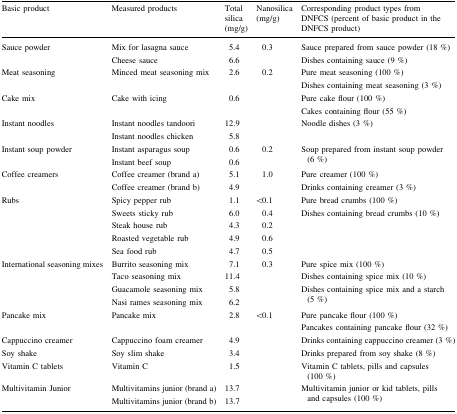
<table><thead><tr><td><b>Basic product</b></td><td><b>Measured products</b></td><td><b>Total silica (mg/g)</b></td><td><b>Nanosilica (mg/g)</b></td><td><b>Corresponding product types from DNFCS (percent of basic product in the DNFCS product)</b></td></tr></thead><tbody><tr><td rowspan="2">Sauce powder</td><td>Mix for lasagna sauce</td><td>5.4</td><td>0.3</td><td>Sauce prepared from sauce powder (18 %)</td></tr><tr><td>Cheese sauce</td><td>6.6</td><td></td><td>Dishes containing sauce (9 %)</td></tr><tr><td rowspan="2">Meat seasoning</td><td rowspan="2">Minced meat seasoning mix</td><td rowspan="2">2.6</td><td rowspan="2">0.2</td><td>Pure meat seasoning (100 %)</td></tr><tr><td>Dishes containing meat seasoning (3 %)</td></tr><tr><td rowspan="2">Cake mix</td><td rowspan="2">Cake with icing</td><td rowspan="2">0.6</td><td rowspan="2"></td><td>Pure cake flour (100 %)</td></tr><tr><td>Cakes containing flour (55 %)</td></tr><tr><td rowspan="2">Instant noodles</td><td>Instant noodles tandoori</td><td>12.9</td><td></td><td rowspan="2">Noodle dishes (3 %)</td></tr><tr><td>Instant noodles chicken</td><td>5.8</td><td></td></tr><tr><td rowspan="2">Instant soup powder</td><td>Instant asparagus soup</td><td>0.6</td><td>0.2</td><td rowspan="2">Soup prepared from instant soup powder (6 %)</td></tr><tr><td>Instant beef soup</td><td>0.6</td><td></td></tr><tr><td rowspan="2">Coffee creamers</td><td>Coffee creamer (brand a)</td><td>5.1</td><td>1.0</td><td>Pure creamer (100 %)</td></tr><tr><td>Coffee creamer (brand b)</td><td>4.9</td><td></td><td>Drinks containing creamer (3 %)</td></tr><tr><td rowspan="5">Rubs</td><td>Spicy pepper rub</td><td>1.1</td><td>&lt;0.1</td><td>Pure bread crumbs (100 %)</td></tr><tr><td>Sweets sticky rub</td><td>6.0</td><td>0.4</td><td rowspan="4">Dishes containing bread crumbs (10 %)</td></tr><tr><td>Steak house rub</td><td>4.3</td><td>0.2</td></tr><tr><td>Roasted vegetable rub</td><td>4.9</td><td>0.6</td></tr><tr><td>Sea food rub</td><td>4.7</td><td>0.5</td></tr><tr><td rowspan="4">International seasoning mixes</td><td>Burrito seasoning mix</td><td>7.1</td><td>0.3</td><td>Pure spice mix (100 %)</td></tr><tr><td>Taco seasoning mix</td><td>11.4</td><td></td><td>Dishes containing spice mix (10 %)</td></tr><tr><td>Guacamole seasoning mix</td><td>5.8</td><td></td><td rowspan="2">Dishes containing spice mix and a starch (5 %)</td></tr><tr><td>Nasi rames seasoning mix</td><td>6.2</td><td></td></tr><tr><td rowspan="2">Pancake mix</td><td rowspan="2">Pancake mix</td><td rowspan="2">2.8</td><td rowspan="2">&lt;0.1</td><td>Pure pancake flour (100 %)</td></tr><tr><td>Pancakes containing pancake flour (32 %)</td></tr><tr><td>Cappuccino creamer</td><td>Cappuccino foam creamer</td><td>4.9</td><td></td><td>Drinks containing cappuccino creamer (3 %)</td></tr><tr><td>Soy shake</td><td>Soy slim shake</td><td>3.4</td><td></td><td>Drinks prepared from soy shake (8 %)</td></tr><tr><td>Vitamin C tablets</td><td>Vitamin C</td><td>1.5</td><td></td><td>Vitamin C tablets, pills and capsules (100 %)</td></tr><tr><td rowspan="2">Multivitamin Junior</td><td>Multivitamins junior (brand a)</td><td>13.7</td><td></td><td rowspan="2">Multivitamin junior or kid tablets, pills and capsules (100 %)</td></tr><tr><td>Multivitamins junior (brand b)</td><td>13.7</td><td></td></tr></tbody></table>